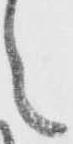
之